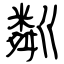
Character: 粼